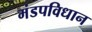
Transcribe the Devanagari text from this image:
मंडपविधान